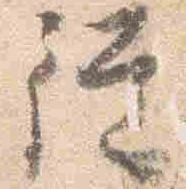
従